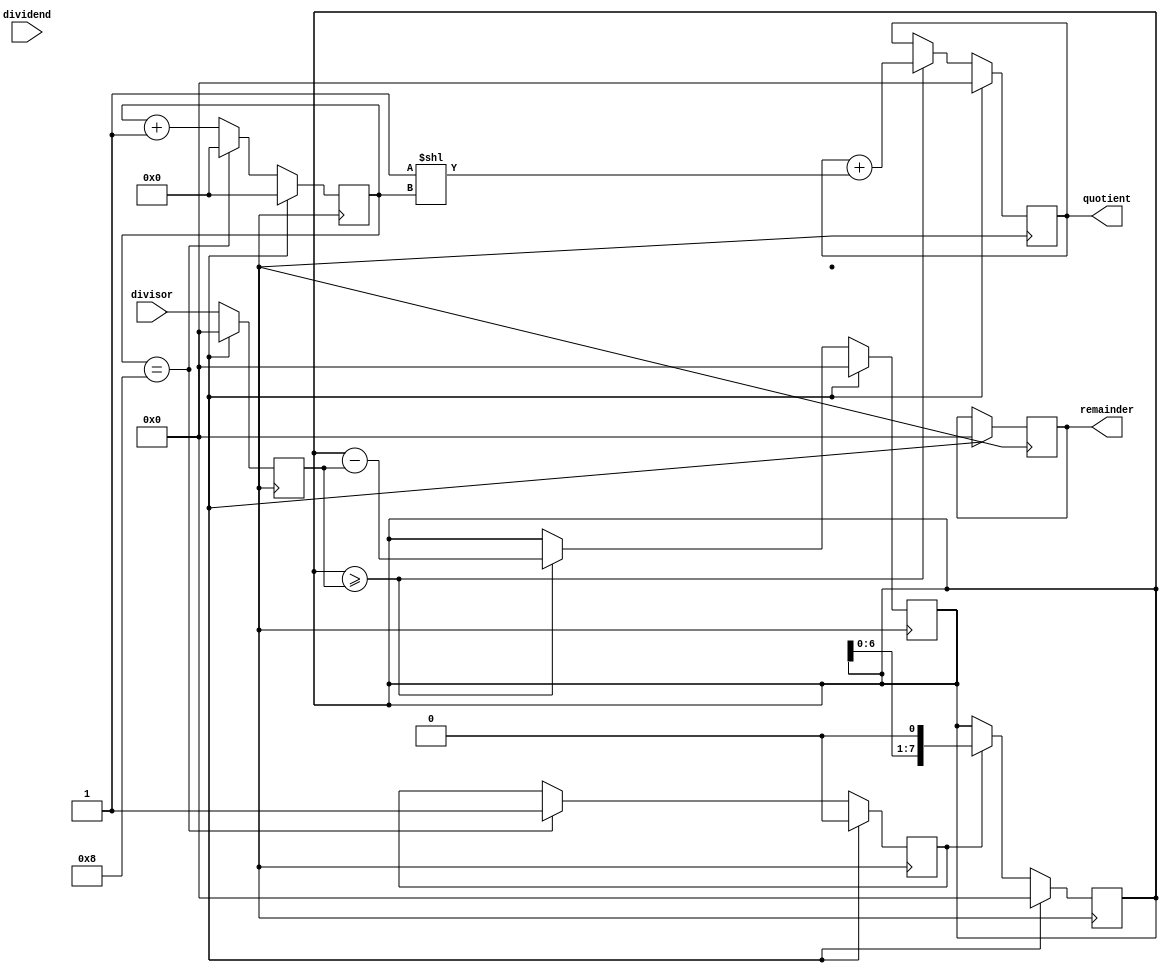
module BinaryDivider (
    input [7:0] dividend,
    input [7:0] divisor,
    output reg [7:0] quotient,
    output reg [7:0] remainder
);

reg [7:0] temp_dividend;
reg [7:0] temp_divisor;
reg [7:0] temp_remainder;
reg [3:0] shift_count;
reg subtract_enable;

always @ (posedge clk) begin
    if (reset) begin
        temp_dividend <= 0;
        temp_divisor <= 0;
        temp_remainder <= 0;
        quotient <= 0;
        remainder <= 0;
        shift_count <= 0;
        subtract_enable <= 0;
    end else begin
        temp_dividend <= dividend;
        temp_divisor <= divisor;

        if (temp_remainder >= temp_divisor) begin
            temp_remainder <= temp_remainder - temp_divisor;
            quotient <= quotient + (1 << shift_count);
        end 

        shift_count <= shift_count + 1;
        if (shift_count == 8) begin
            shift_count <= 0;
            subtract_enable <= 1;
        end
    end
end

always @ (posedge clk) begin
    if (reset) begin
        temp_remainder <= 0;
    end else begin
        if (subtract_enable) begin
            temp_remainder <= temp_remainder << 1;
        end
    end
end

endmodule